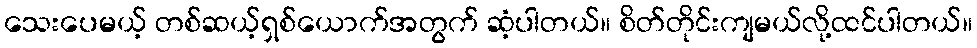
သေးပေမယ့် တစ်ဆယ့်ရှစ်ယောက်အတွက် ဆံ့ပါတယ်။ စိတ်တိုင်းကျမယ်လို့ထင်ပါတယ်။